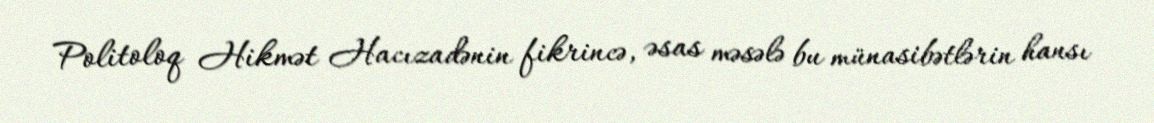
Politoloq Hikmət Hacızadənin fikrincə, əsas məsələ bu münasibətlərin hansı